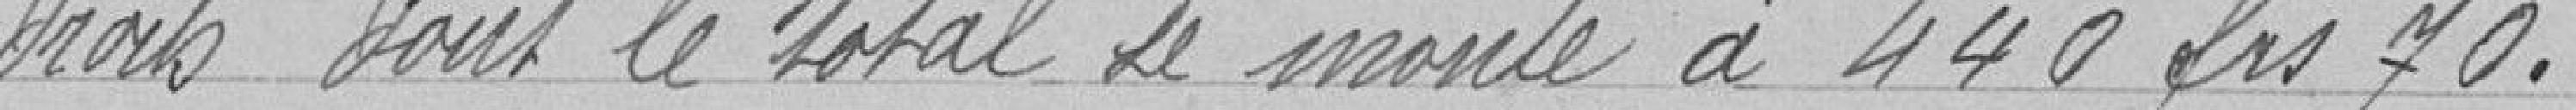
droits dont le total se monte à 440 francs 70.